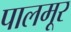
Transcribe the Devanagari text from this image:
पालमूर